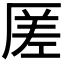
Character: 𠪉